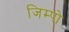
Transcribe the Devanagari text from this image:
जिम्पो